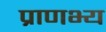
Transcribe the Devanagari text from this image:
प्राणभ्य